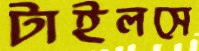
টাইলসে